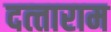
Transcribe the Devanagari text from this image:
दत्‍ताराम